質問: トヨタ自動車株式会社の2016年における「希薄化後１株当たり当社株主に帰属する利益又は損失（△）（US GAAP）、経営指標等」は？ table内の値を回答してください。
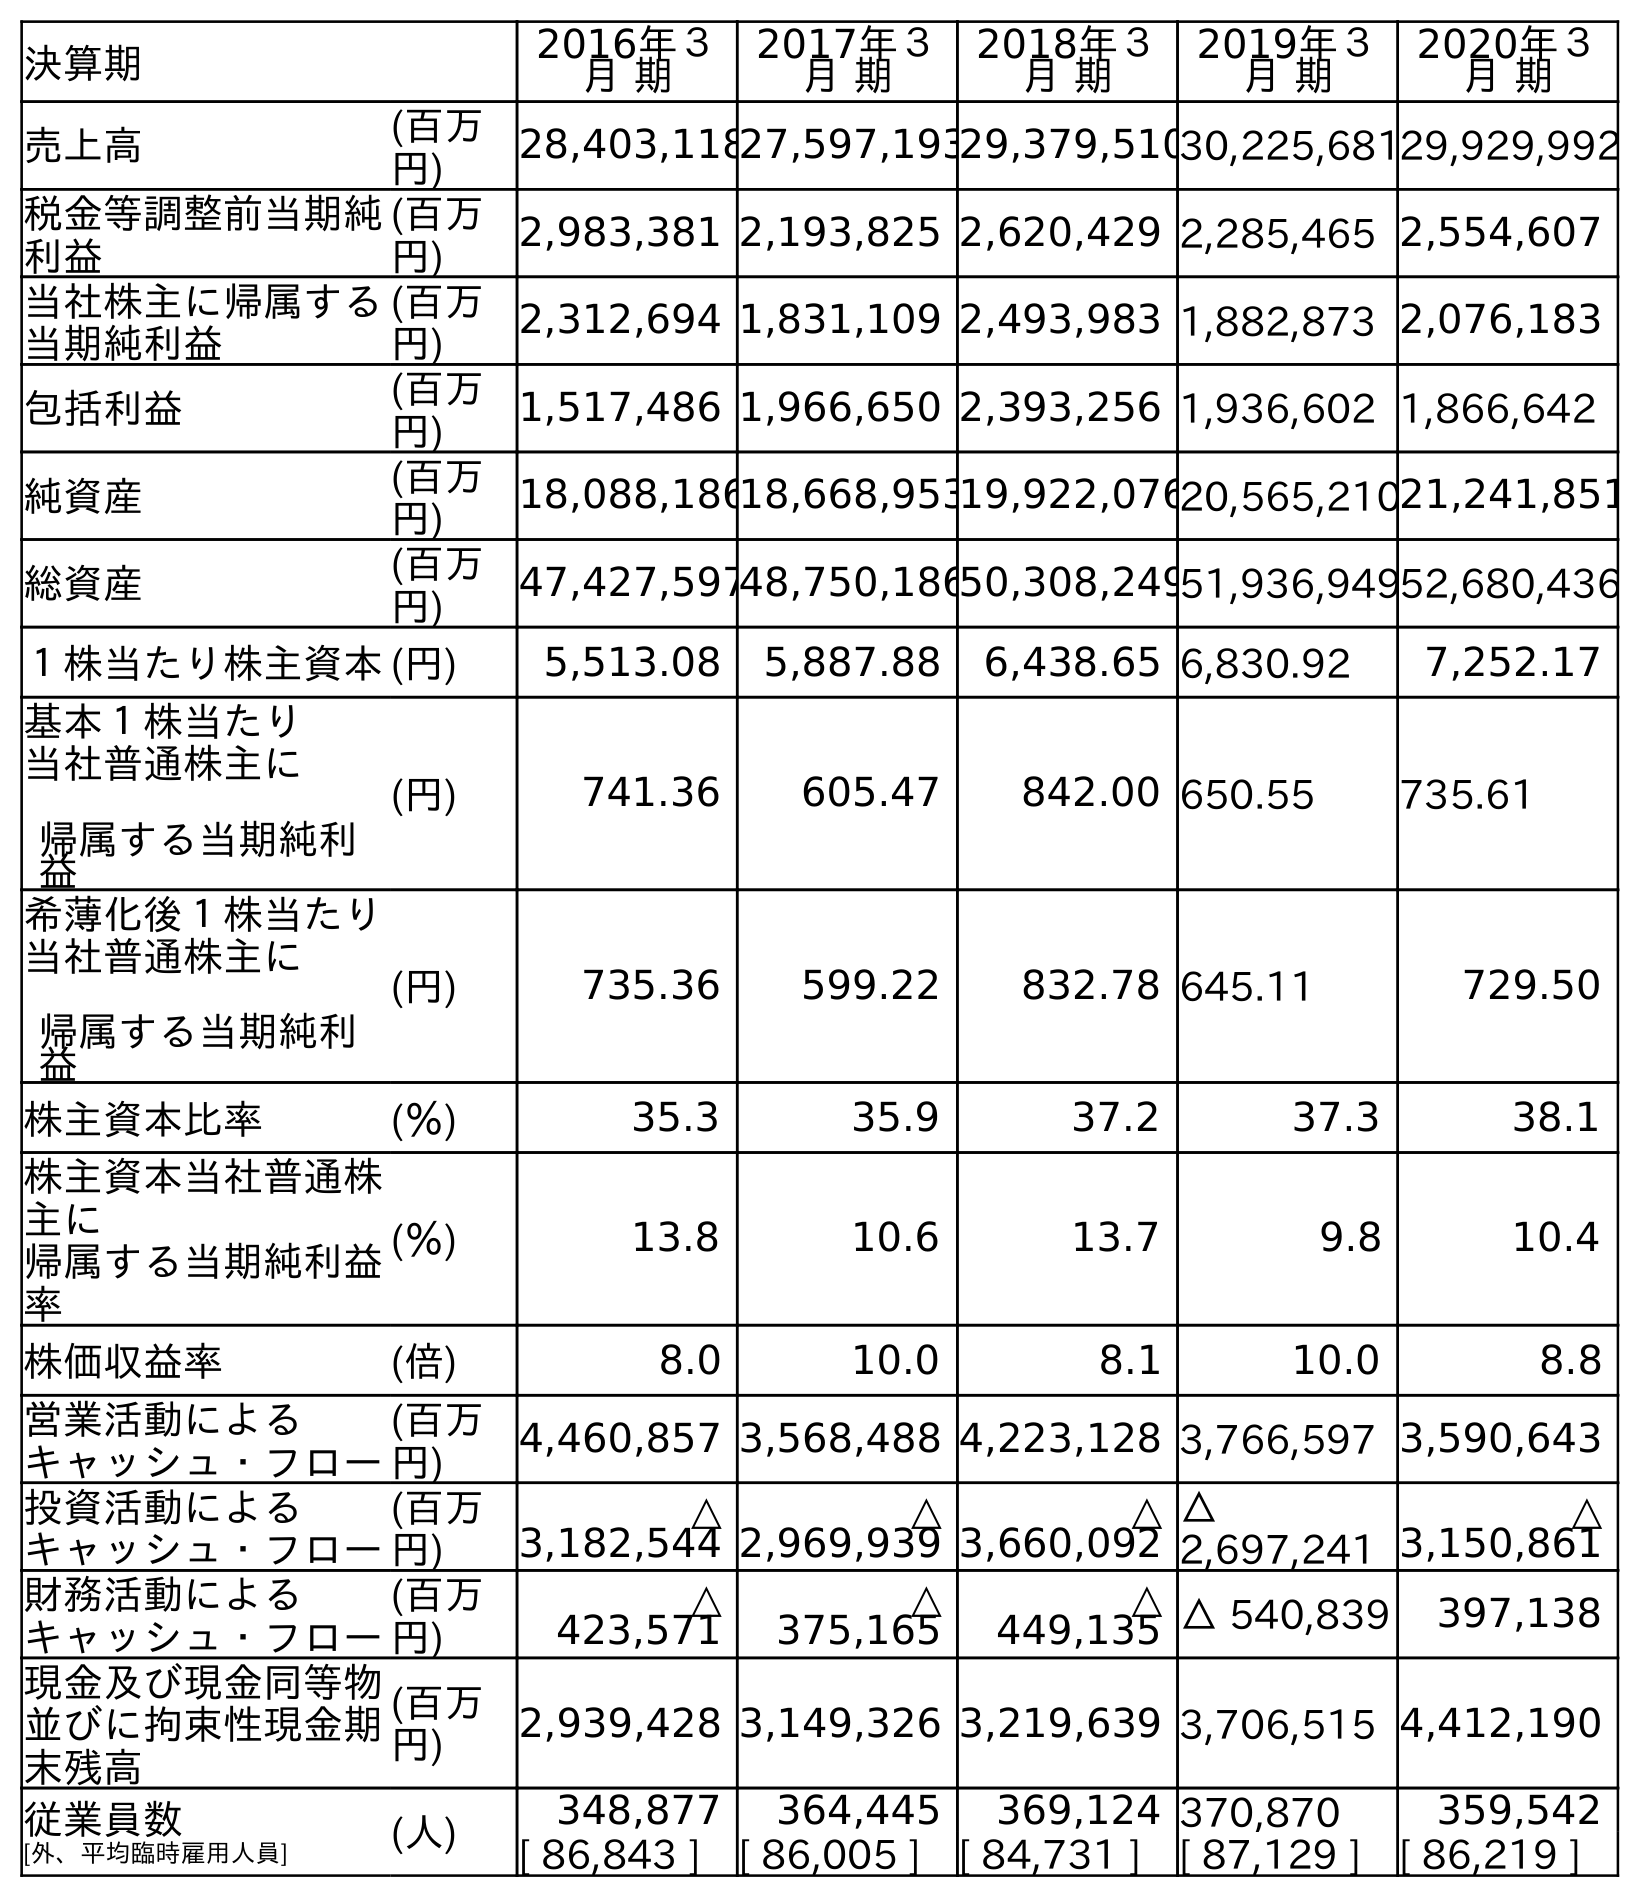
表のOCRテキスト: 決算期 2016年３ 月 期 2017年３ 月 期 2018年３ 月 期 2019年３ 月 期 2020年３ 月 期 売上高 (百万 円) 28,403,11827,597,19329,379,51030,225,68129,929,992 税金等調整前当期純 利益 (百万 円) 2,983,381 2,193,825 2,620,429 2,285,465 2,554,607 当社株主に帰属する 当期純利益 (百万 円) 2,312,694 1,831,109 2,493,983 1,882,873 2,076,183 包括利益 (百万 円) 1,517,486 1,966,650 2,393,256 1,936,602 1,866,642 純資産 (百万 円) 18,088,18618,668,95319,922,07620,565,21021,241,851 総資産 (百万 円) 47,427,59748,750,18650,308,24951,936,94952,680,436 １株当たり株主資本(円) 5,513.08 5,887.88 6,438.65 6,830.92 7,252.17 基本１株当たり 当社普通株主に 帰属する当期純利 益 (円) 741.36 605.47 842.00 650.55 735.61 希薄化後１株当たり 当社普通株主に 帰属する当期純利 益 (円) 735.36 599.22 832.78 645.11 729.50 株主資本比率 (％) 35.3 35.9 37.2 37.3 38.1 株主資本当社普通株 主に 帰属する当期純利益 率 (％) 13.8 10.6 13.7 9.8 10.4 株価収益率 (倍) 8.0 10.0 8.1 10.0 8.8 営業活動による キャッシュ・フロー (百万 円) 4,460,857 3,568,488 4,223,128 3,766,597 3,590,643 投資活動による キャッシュ・フロー (百万 円) △ 3,182,544 △ 2,969,939 △ 3,660,092 △ 2,697,241 △ 3,150,861 財務活動による キャッシュ・フロー (百万 円) △ 423,571 △ 375,165 △ 449,135 △ 540,839 397,138 現金及び現金同等物 並びに拘束性現金期 末残高 (百万 円) 2,939,428 3,149,326 3,219,639 3,706,515 4,412,190 従業員数 [外、平均臨時雇用人員] (人) 348,877 364,445 369,124 370,870 359,542 [ 86,843 ] [ 86,005 ] [ 84,731 ] [ 87,129 ] [ 86,219 ]
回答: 735.36